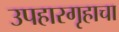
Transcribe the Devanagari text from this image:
उपहारगृहाचा